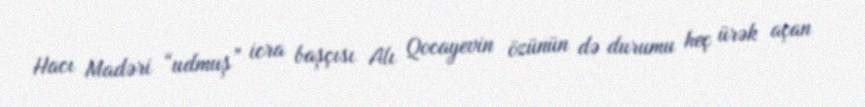
Hacı Madəri “udmuş” icra başçısı Alı Qocayevin özünün də durumu heç ürək açan